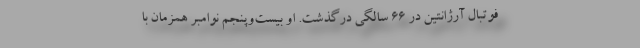
فوتبال آرژانتین در ۶۶ سالگی درگذشت. او بیست‌وپنجم نوامبر همزمان با